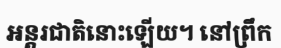
អន្តរជាតិនោះឡើយ។ នៅព្រឹក